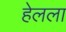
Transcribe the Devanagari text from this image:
हेलला